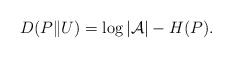
\begin{align*}D(P \| U) = \log | \mathcal{A} | - H(P).\end{align*}